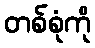
တစ်စုံကို